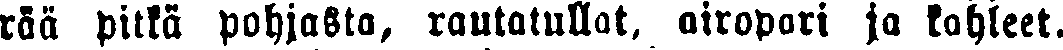
rää pitkä pohjasta, rautatullat, airopari ja kahleet.